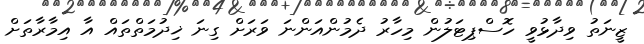
ޒީނަތު ވިދާޅުވީ ހޮސްޕިޓަލުން މިހާރު ދެމުންއަންނަ ވަރަށް ގިނަ ޚިދުމަތްތައް އާ އިމާރާތަށް